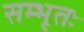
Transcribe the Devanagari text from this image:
सम्भृतः